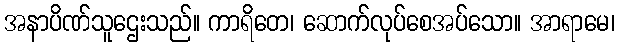
အနာပိဏ်သူဌေးသည်။ ကာရိတေ၊ ဆောက်လုပ်စေအပ်သော။ အာရာမေ၊